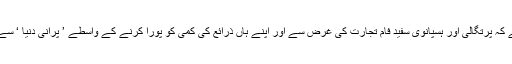
یہ لگ بھگ 15 ویں صدی کی بات ہے کہ پرتگالی اور ہسپانوی سفید فام تجارت کی غرض سے اور اپنے ہاں ذرائع کی کمی کو پورا کرنے کے واسطے ’ پرانی دنیا ‘ سے باہر نکلے اور نئی دنیاﺅں کا رخ کیا ۔